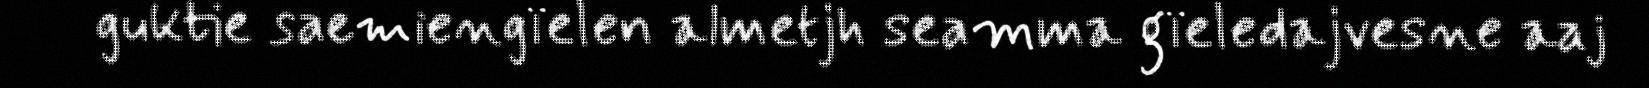
guktie saemiengïelen almetjh seamma gïeledajvesne aaj